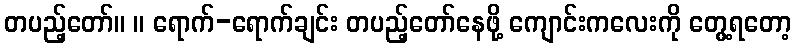
တပည့်တော်။ ။ ရောက်-ရောက်ချင်း တပည့်တော်နေဖို့ ကျောင်းကလေးကို တွေ့ရတော့